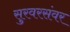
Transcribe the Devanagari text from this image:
सुरवरसंवर